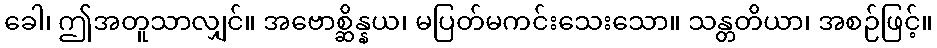
ခေါ၊ ဤအတူသာလျှင်။ အဗောစ္ဆိန္နယ၊ မပြတ်မကင်းသေးသော။ သန္တတိယာ၊ အစဉ်ဖြင့်။